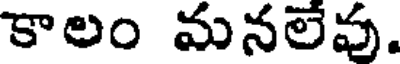
కాలం మనలేవు.